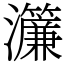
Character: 𤅄